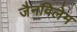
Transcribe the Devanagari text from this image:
जैनविलेम